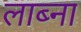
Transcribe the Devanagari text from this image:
लाब्ना